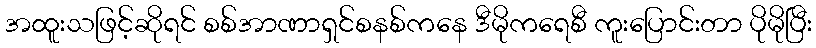
အထူးသဖြင့်ဆိုရင် စစ်အာဏာရှင်စနစ်ကနေ ဒီမိုကရေစီ ကူးပြောင်းတာ ပိုမိုပြီး